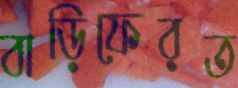
বাড়িফেরত